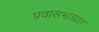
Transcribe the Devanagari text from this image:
प्रवासभाड्यात